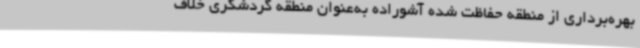
بهره‌برداری از منطقه حفاظت شده آشوراده به‌عنوان منطقه گردشگری خلاف